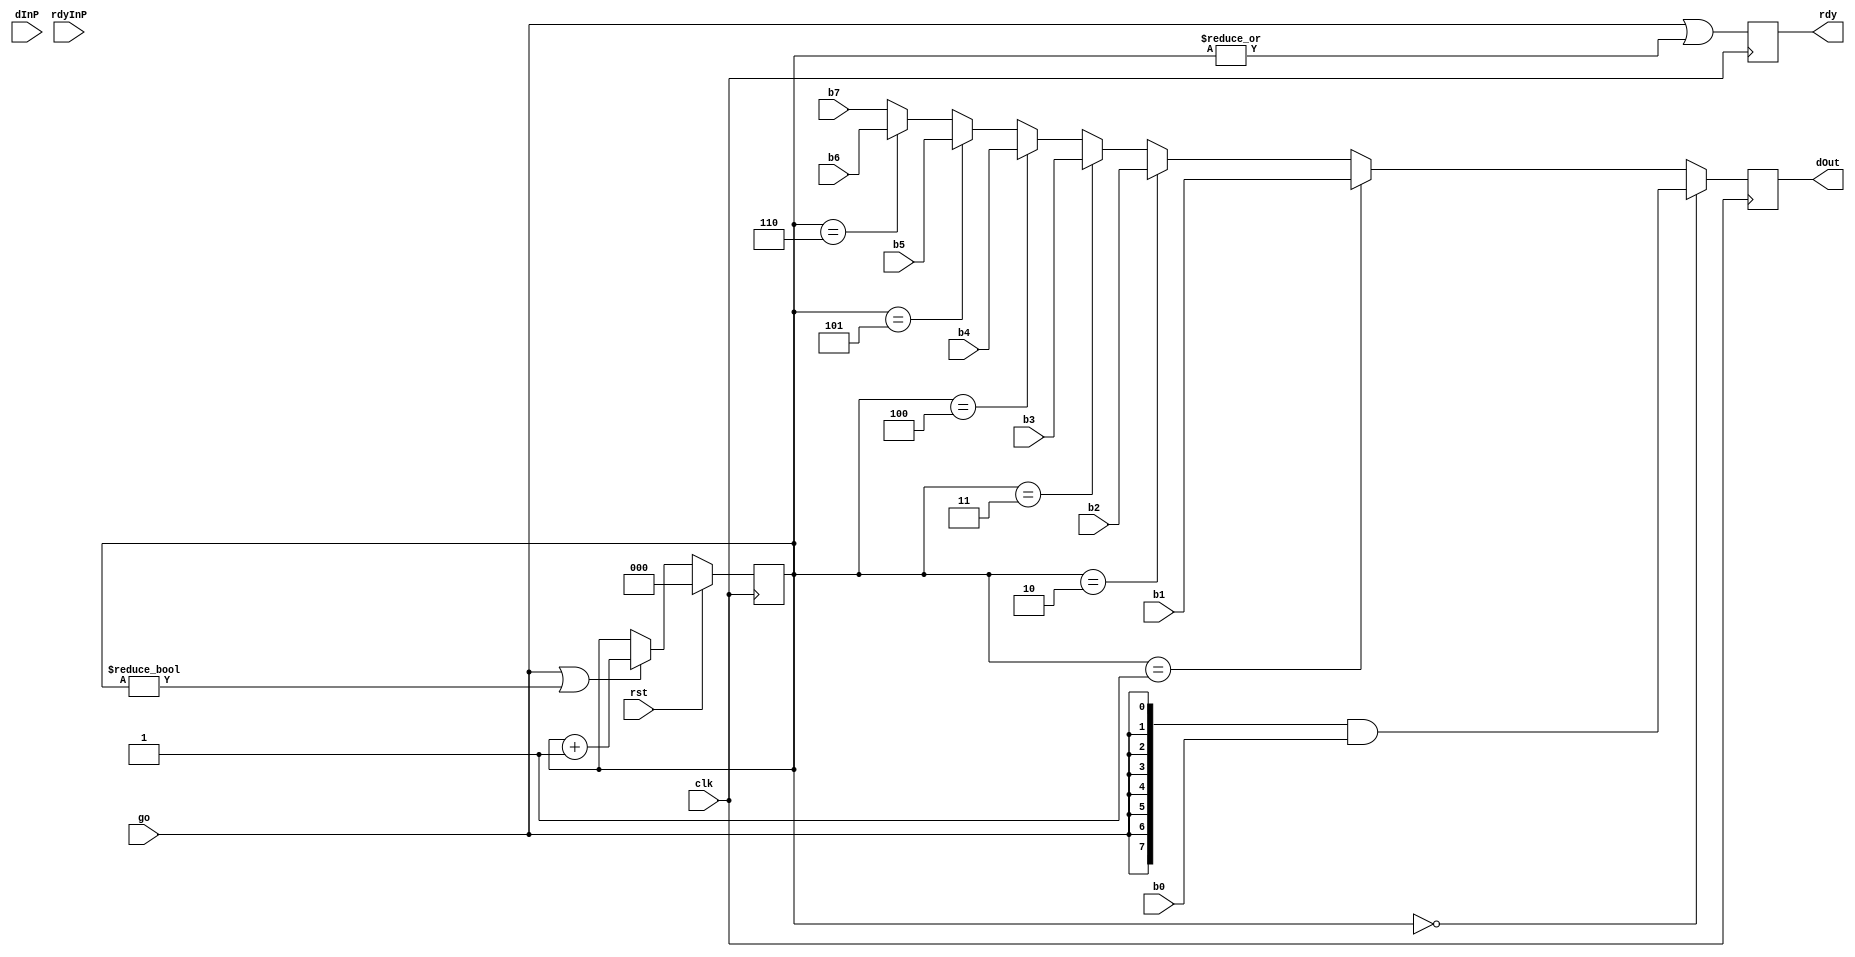
//
// dispString
// this block takes in 8 bytes (b0 to b7 ) and streams them out
// to dOut one byte at a time. For each byte, the rdy
// output will be logic 1.
//
// dispString will start streaming when "go" is asserted for one cycle.
// dInP, and rdyInP are currently not used but could be used to chain
// multipleDisp strings together.
//
// update 5/11/19 - added more comments
//
module dispString(
		  output reg 	   rdy, // dOut  is valid
		  output reg [7:0] dOut, // data b0 -> b7
		  input wire [7:0] dInP, // future expansion
		  input wire 	   rdyInP, // future expansion
		  input wire [7:0] b0, // first byte to stream
		  input wire [7:0] b1,
		  input wire [7:0] b2,
		  input wire [7:0] b3,
		  input wire [7:0] b4,
		  input wire [7:0] b5,
		  input wire [7:0] b6,
		  input wire [7:0] b7, // last byte to stream
		  input wire 	   go, // start streaming
		  input wire 	   rst,
		  input wire 	   clk);

   reg [2:0] 			   cnt;
   wire [7:0] 			   dOutP;
   always @(posedge clk) begin
      if (rst)
	cnt <= 3'b000;
      else begin
	 if (go | (cnt != 3'b000))
	   cnt <= cnt + 1;
	 else
	   cnt <= cnt;
      end
      dOut <= dOutP;
      rdy <= go | (|cnt[2:0]);
   end

   assign dOutP = 
		 (cnt[2:0]==3'b000) ? {8{go}} & b0 :
		 (cnt[2:0]==3'b001) ? b1 :
		 (cnt[2:0]==3'b010) ? b2 :
		 (cnt[2:0]==3'b011) ? b3 :
		 (cnt[2:0]==3'b100) ? b4 :
		 (cnt[2:0]==3'b101) ? b5 :
  	         (cnt[2:0]==3'b110) ? b6 : b7;
   
   
   
endmodule // dispString